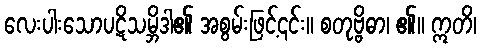
လေးပါးသောပဋိသမ္ဘိဒါ၏ အစွမ်းဖြင့်၎င်း။ စတုဗ္ဗိဓာ၊ ၏။ ဣတိ၊